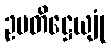
ဥပတိဋ္ဌေယျုံ